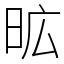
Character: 昿